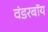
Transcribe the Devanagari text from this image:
वंडरबॉय